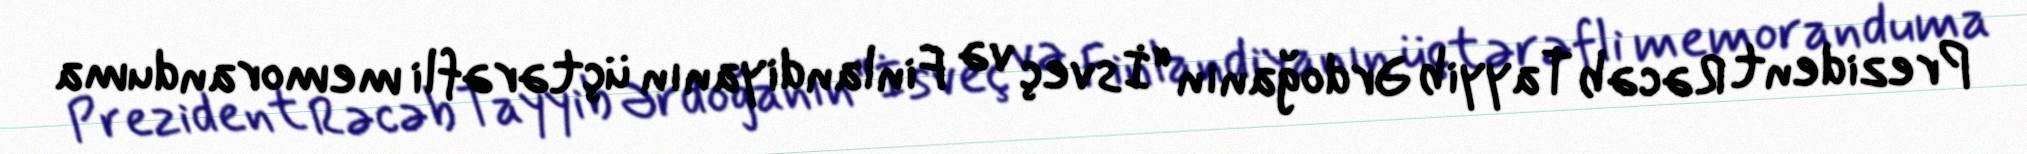
Prezident Rəcəb Tayyib Ərdoğanın “İsveç və Finlandiyanın üçtərəfli memoranduma